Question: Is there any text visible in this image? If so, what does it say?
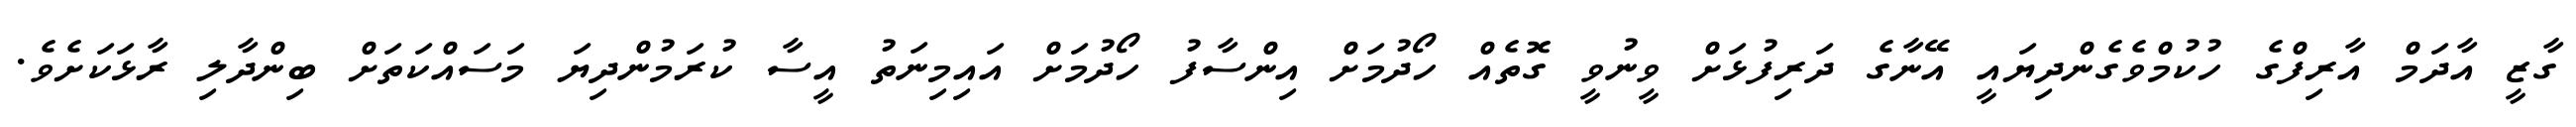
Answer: ގާޒީ އާދަމް އާރިފްގެ ހުކުމްވެގެންދިޔައީ އޭނާގެ ދަރިފުޅަށް ވީނުވީ ގޮތެއް ހޯދުމަށް އިންސާފު ހޯދުމަށް އައިމިނަތު އީސާ ކުރަމުންދިޔަ މަސައްކަތަށް ބިންދާލި ރާޅަކަށެވެ.